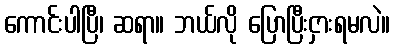
ကောင်းပါပြီ၊ ဆရာ။ ဘယ်လို ပြောပြီးငှားရမလဲ။